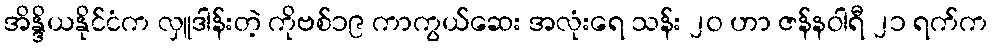
အိန္ဒိယနိုင်ငံက လှူဒါန်းတဲ့ ကိုဗစ်၁၉ ကာကွယ်ဆေး အလုံးရေ သန်း ၂၀ ဟာ ဇန်နဝါရီ ၂၁ ရက်က